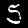
Label: 5